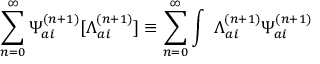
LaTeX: \sum _ { n = 0 } ^ { \infty } { \Psi } _ { a i } ^ { ( n + 1 ) } [ { \Lambda } _ { a i } ^ { ( n + 1 ) } ] \equiv \sum _ { n = 0 } ^ { \infty } \int \ { \Lambda } _ { a i } ^ { ( n + 1 ) } { \Psi } _ { a i } ^ { ( n + 1 ) }